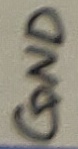
Text: GND